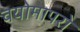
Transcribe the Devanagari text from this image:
वयोमापरो